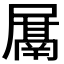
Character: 𭕰